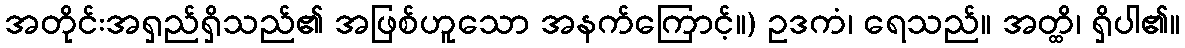
အတိုင်းအရှည်ရှိသည်၏ အဖြစ်ဟူသော အနက်ကြောင့်။) ဥဒကံ၊ ရေသည်။ အတ္ထိ၊ ရှိပါ၏။